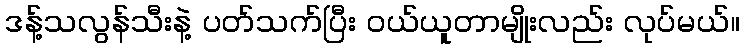
ဒန့်သလွန်သီးနဲ့ ပတ်သက်ပြီး ဝယ်ယူတာမျိုးလည်း လုပ်မယ်။